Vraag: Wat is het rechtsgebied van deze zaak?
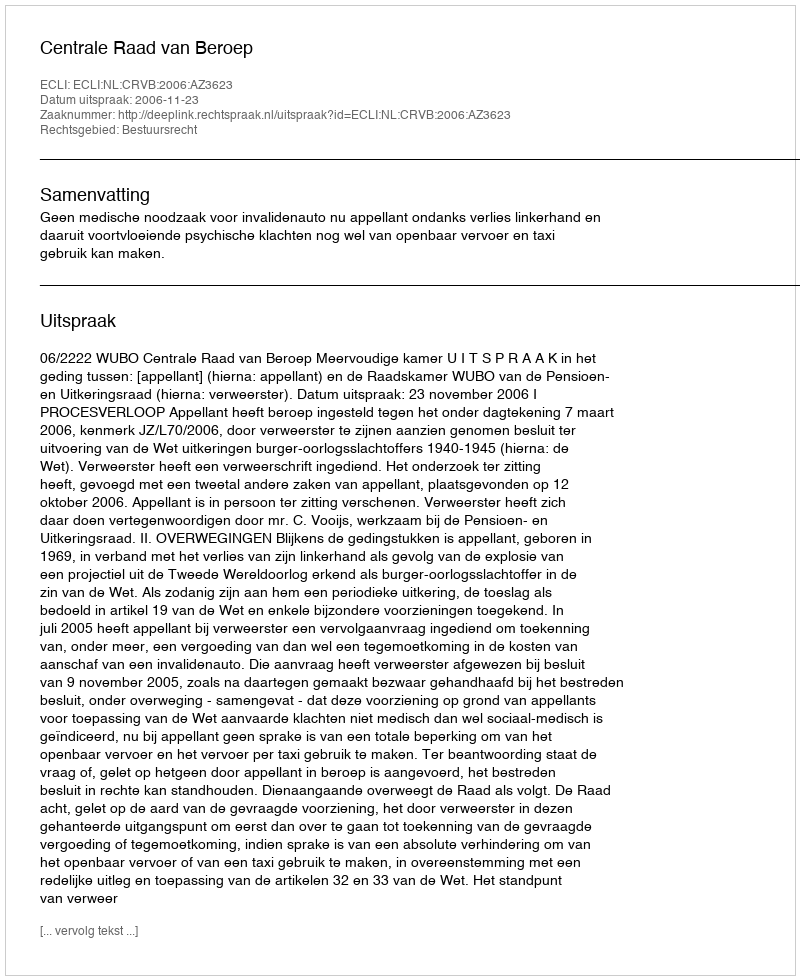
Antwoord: Bestuursrecht